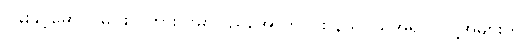
ပဲခူးနှင့်မော်လမြိုင်စပ်ကြား ဗမာပြည်အောက်ပိုင်း နယ်ပယ်အရပ်ပဲလို့အများက